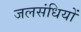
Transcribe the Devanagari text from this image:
जलसंधियों